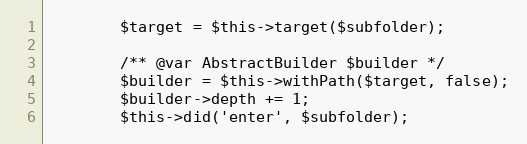
Language: PHP
        $target = $this->target($subfolder);

        /** @var AbstractBuilder $builder */
        $builder = $this->withPath($target, false);
        $builder->depth += 1;
        $this->did('enter', $subfolder);